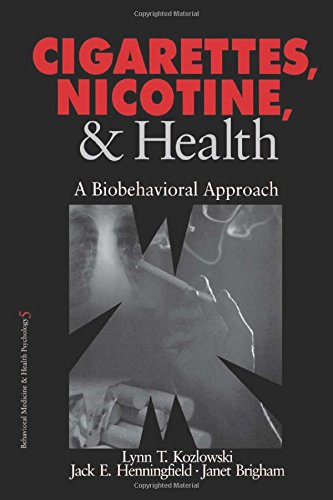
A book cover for Cigarettes, Nicotine, and Health: A Biobehavioral Approach (Behavioral Medicine and Health Psychology); Lynn T. Kozlowski; Health, Fitness & Dieting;